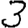
Digit: 3